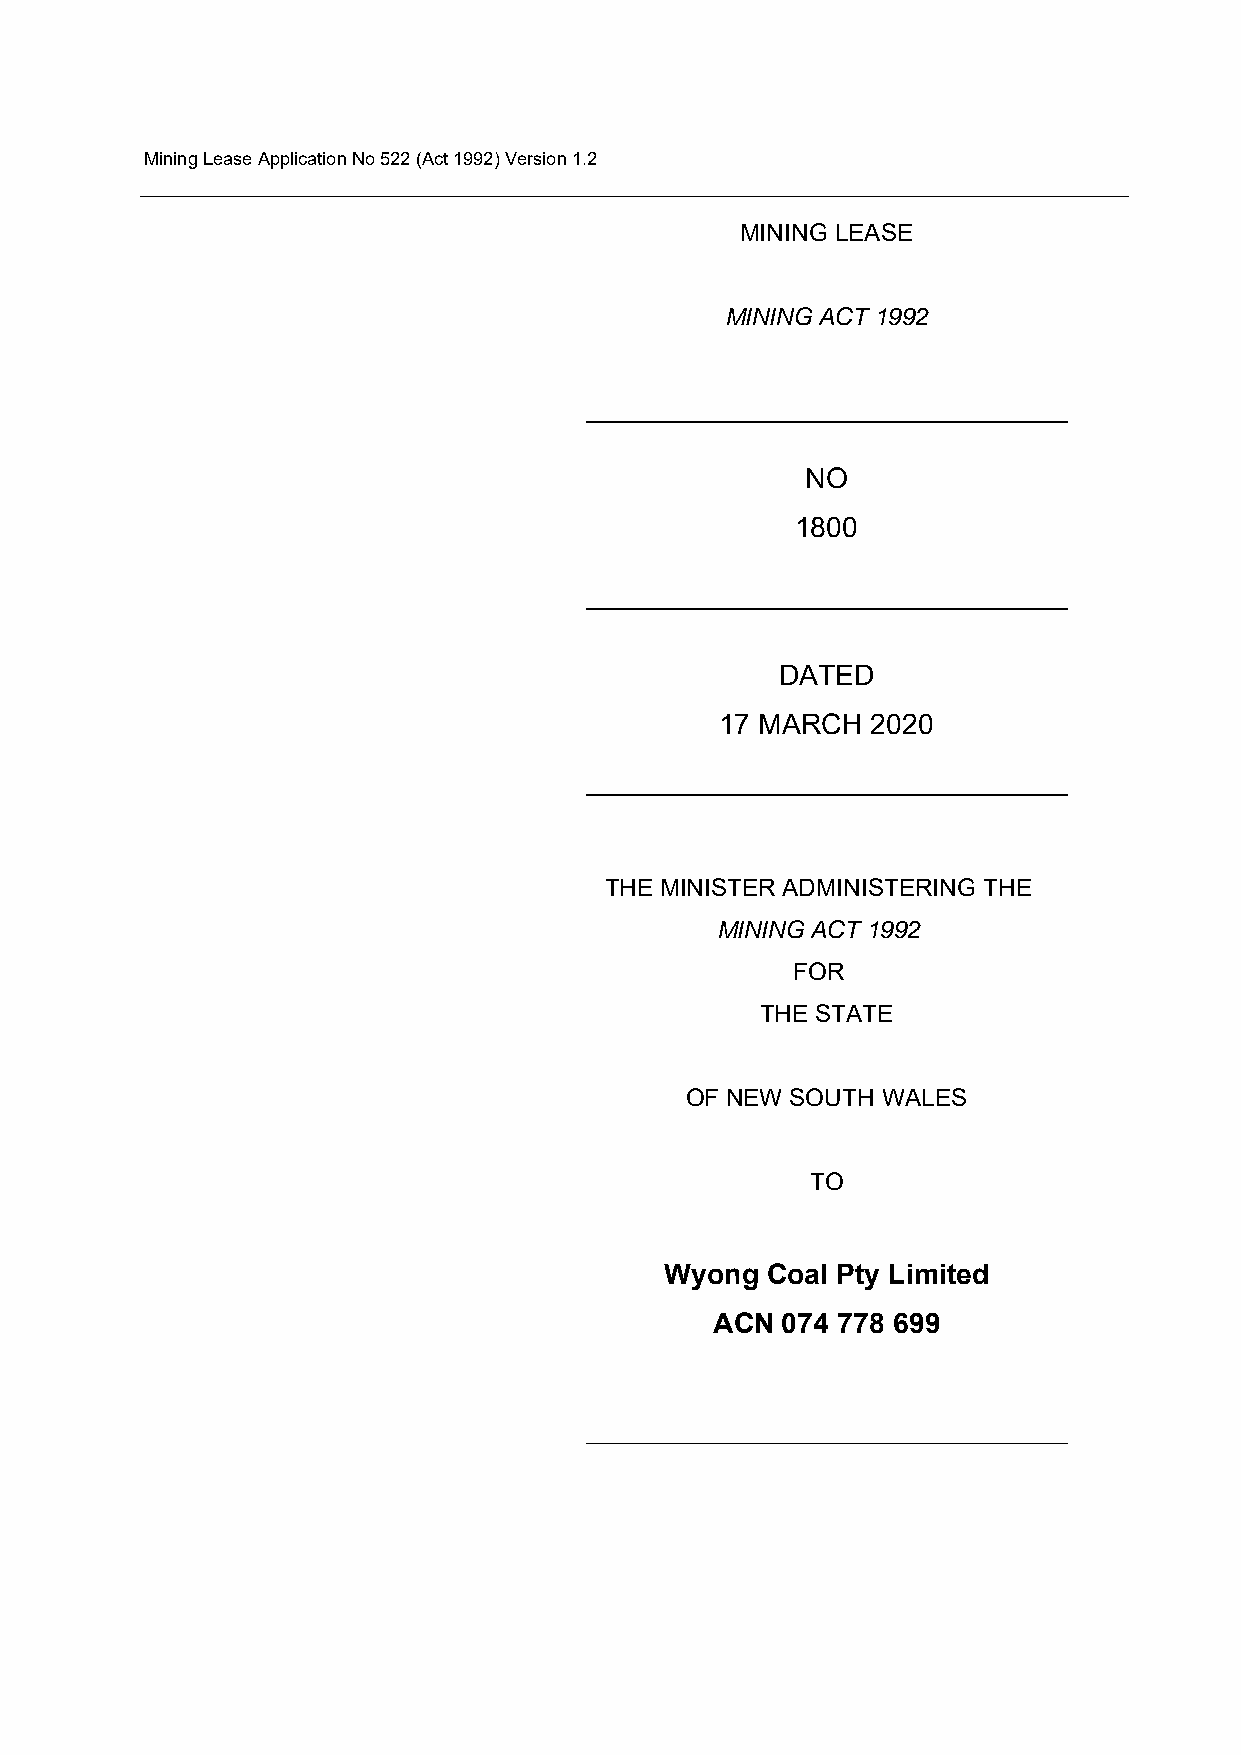
Mining Lease Application No 522 (Act 1992) Version 1.2
 MINING LEASE
 MINING ACT 1992
 NO
 1800
 DATED
 17 MARCH  2020
 THE MINISTER ADMINISTERING THE
 MINING ACT 1992
 FOR
 THE STATE
 OF NEW SOUTH WALES
 TO
 Wyong  Coal Pty Limited
 ACN  074 778 699